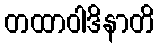
တထာဝါဒိနာတိ